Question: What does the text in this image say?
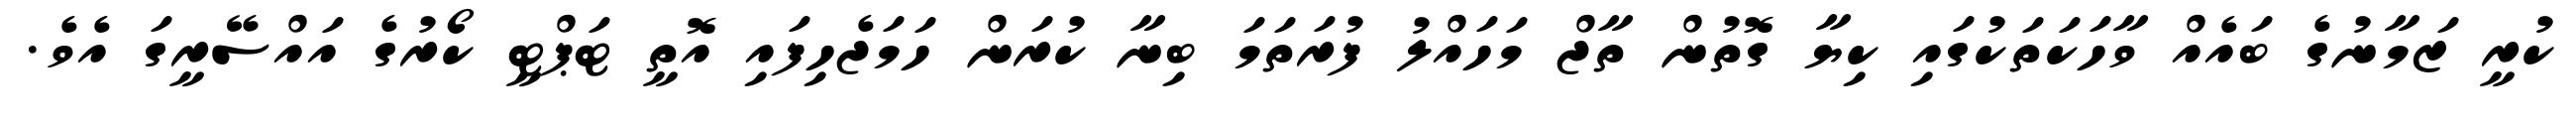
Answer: ކުރީ ޒަމާނުގެ ބައެއް ވާހަކަތަކުގައި ކިޔާ ގޮތުން ތާޖް މަހައްލު ފުރަތަމަ ބިނާ ކުރަން ހަމަޖެހިފައި އޮތީ ޓަޕްޓީ ކޯރުގެ އައްސޭރީގަ އެވެ.